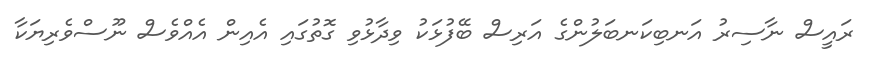
ރައީސް ނާސިރު އަނބިކަނބަލުންގެ އަރިސް ބޭފުޅަކު ވިދާޅުވި ގޮތުގައި އެއިން އެއްވެސް ނޫސްވެރިޔަކާ